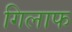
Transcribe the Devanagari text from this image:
गिलाफ